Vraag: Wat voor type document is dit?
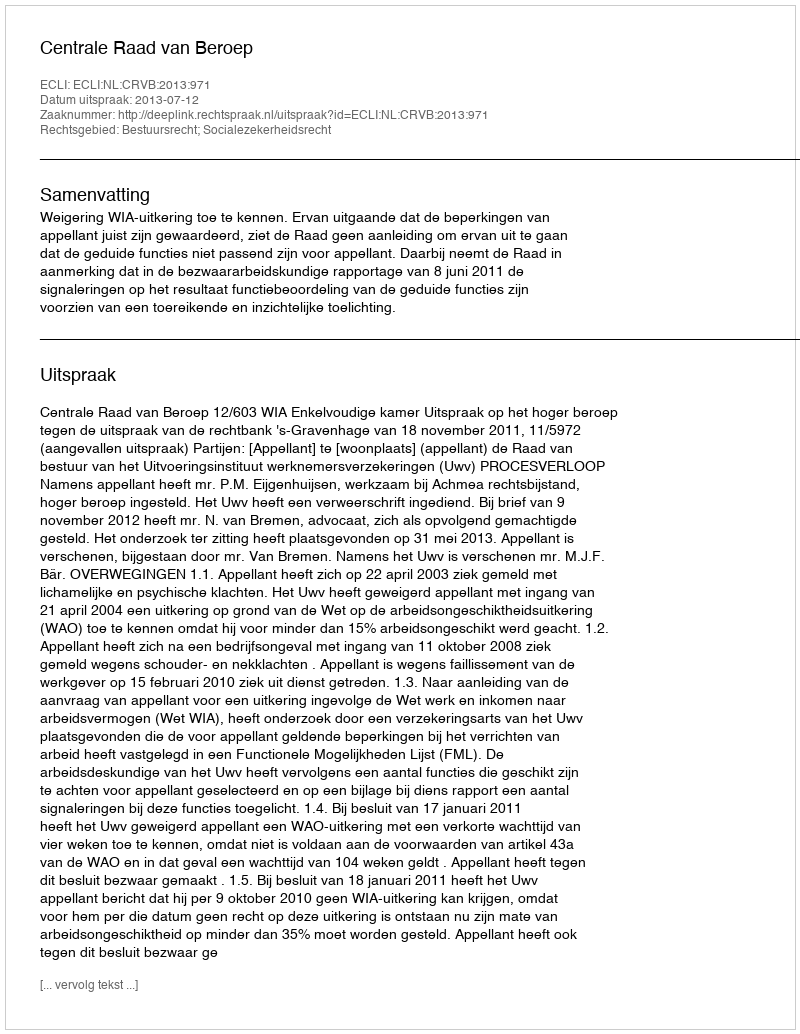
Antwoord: Uitspraak